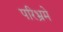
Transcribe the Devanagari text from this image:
परिभ्रमे